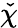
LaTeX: \check{\chi}